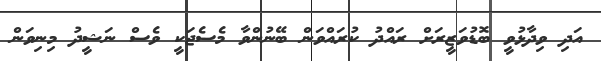
އަދި ވިދާޅުވީ ބޮޑުވަޒީރަށް ރައްދު ކުރައްވަން ބޭނުންވާ މެސެޖަކީ ވެސް ނަޝީދު މިނިވަން